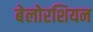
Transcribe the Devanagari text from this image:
बेलोरशियन